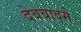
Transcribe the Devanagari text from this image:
देववादमे